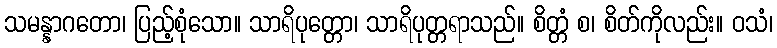
သမန္နာဂတော၊ ပြည့်စုံသော။ သာရိပုတ္တော၊ သာရိပုတ္တရာသည်။ စိတ္တံ စ၊ စိတ်ကိုလည်း။ ဝသံ၊